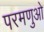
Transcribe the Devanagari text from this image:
परमणुओ